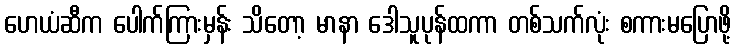
ဟေယံဆီက ပေါက်ကြားမှန်း သိတော့ မာနာ ဒေါသူပုန်ထကာ တစ်သက်လုံး စကားမပြောဖို့